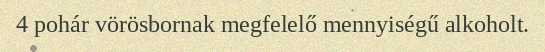
4 pohár vörösbornak megfelelő mennyiségű alkoholt.